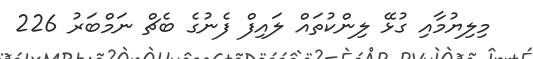
މިލިޔުމާއި ގުޅޭ ލިންކުތައް ލައިފް ފެނުގެ ބެޗް ނަމްބަރު 226